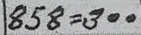
858 = 300